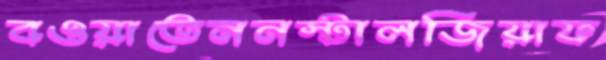
বওয়াতেননস্টালজিয়াফ